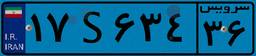
۱۷S۶۳۴۳۶